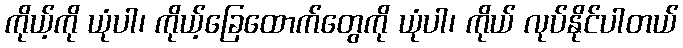
ကိုယ့်ကို ယုံပါ၊ ကိုယ့်ခြေထောက်တွေကို ယုံပါ၊ ကိုယ် လုပ်နိုင်ပါတယ်